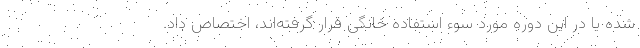
شده یا در این دوره مورد سوء استفاده خانگی قرار گرفته‌اند، اختصاص داد.